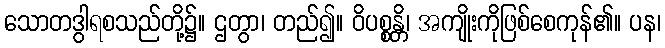
သောတဒွါရစသည်တို့၌။ ဌတွာ၊ တည်၍။ ဝိပစ္စန္တိ၊ အကျိုးကိုဖြစ်စေကုန်၏။ ပန၊